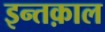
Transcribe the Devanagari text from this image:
इन्तक़ाल